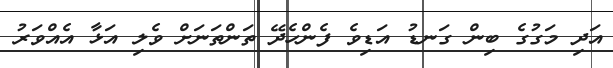
އަދި މަގުގެ ބިން ގަނޑު އަޑިވެ ފެންހެދޭ ތަންތަނަށް ވެލި އަޅާ އެއްވަރު